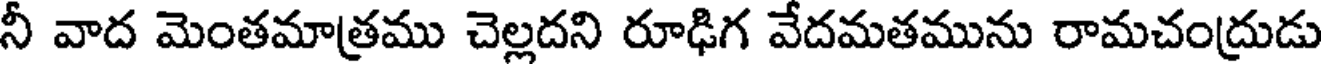
నీ వాద మెంతమాత్రము చెల్లదని రూఢిగ వేదమతమును రామచంద్రుడు